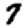
Digit: 7